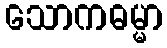
သောကဓမ္မာ